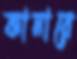
কানারে